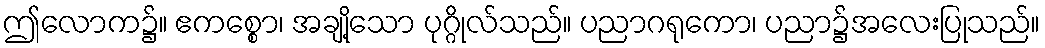
ဤလောက၌။ ဧကစ္စော၊ အချို့သော ပုဂ္ဂိုလ်သည်။ ပညာဂရုကော၊ ပညာ၌အလေးပြုသည်။